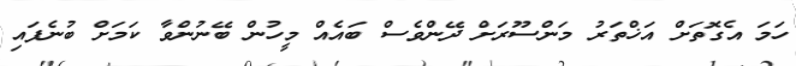
ހަމަ އެގޮތަށް އަޚްތަރު މަންސޫރަށް ދޭންވެސް ބައެއް މީހުން ބޭނުންވާ ކަމަށް ބުނެފައި